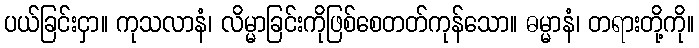
ပယ်ခြင်းငှာ။ ကုသလာနံ၊ လိမ္မာခြင်းကိုဖြစ်စေတတ်ကုန်သော။ ဓမ္မာနံ၊ တရားတို့ကို။